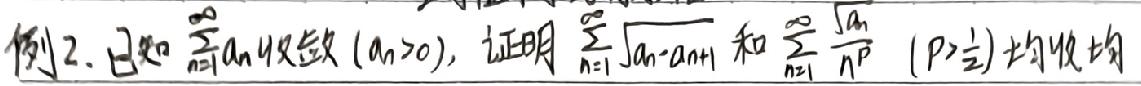
例2. 已知$\sum_{n = 1}^{\infty}a_n$收敛$(a_n>0)$，证明$\sum_{n = 1}^{\infty}\sqrt{a_n - a_{n + 1}}$和$\sum_{n = 1}^{\infty}\frac{\sqrt{a_n}}{n^p}(p>\frac{1}{2})$均收敛。